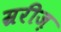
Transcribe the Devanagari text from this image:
म्ररीज़